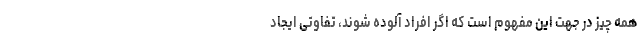
همه چیز در جهت این مفهوم است که اگر افراد آلوده شوند، تفاوتی ایجاد